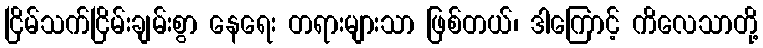
ငြိမ်သက်ငြိမ်းချမ်းစွာ နေရေး တရားများသာ ဖြစ်တယ်၊ ဒါကြောင့် ကိလေသာတို့